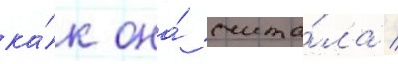
ка́к она́ счита́ла /